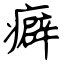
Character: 癖